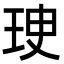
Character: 㻀